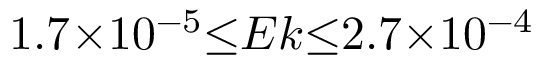
1 . 7 { \times } 1 0 ^ { - 5 } { \le } E k { \le } 2 . 7 { \times } 1 0 ^ { - 4 }